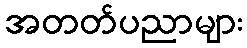
အတတ်ပညာများ